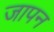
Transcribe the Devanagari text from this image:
जापन